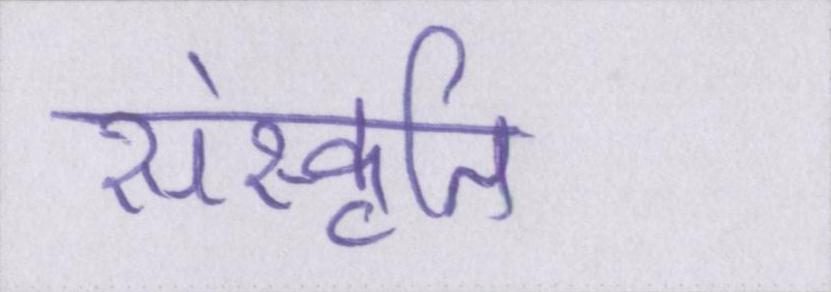
संस्कृति